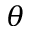
\theta